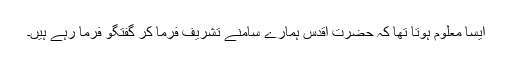
ایسا معلوم ہوتا تھا کہ حضرت اقدس ہمارے سامنے تشریف فرما کر گفتگو فرما رہے ہیں۔